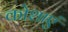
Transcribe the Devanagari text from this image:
कोशाएं